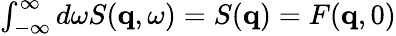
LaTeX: \begin{array}{r}{\int_{-\infty}^{\infty}d\omega S(\mathbf{q},\omega)=S(\mathbf{q})=F(\mathbf{q},0)}\end{array}